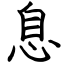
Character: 息